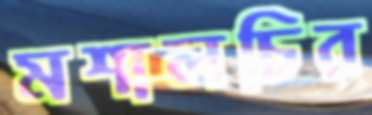
মশালচির